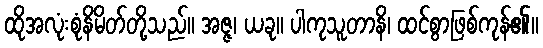
ထိုအလုံးစုံနိမိတ်တို့သည်။ အဇ္ဇ၊ ယခု။ ပါကုသူတာနိ၊ ထင်စွာဖြစ်ကုန်၏။